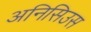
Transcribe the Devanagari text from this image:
अनिसिउस